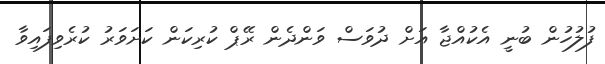
ފުލުހުން ބުނީ އެކުއްޖާ އަށް ދުވަސް ވަންދެން ރޭޕް ކުރިކަން ކަށަވަރު ކުރެވިފައިވާ